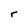
Character: r